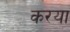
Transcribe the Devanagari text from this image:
करया